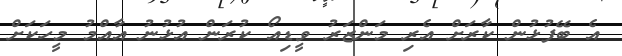
އެ ބޭފުޅުން ކާރަށް އެރި މަންޒަރު ވީޑިއޯ ކުރަން އުޅުނު އާއްމު މީހަކަށް